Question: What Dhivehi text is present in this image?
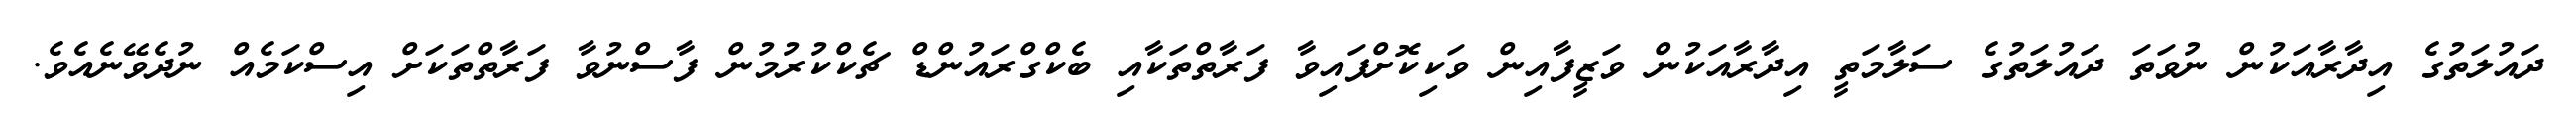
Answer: ދައުލަތުގެ އިދާރާއަކުން ނުވަތަ ދައުލަތުގެ ސަލާމަތީ އިދާރާއަކުން ވަޒީފާއިން ވަކިކޮށްފައިވާ ފަރާތްތަކާއި ބެކްގްރައުންޑް ޗެކްކުރުމުން ފާސްނުވާ ފަރާތްތަކަށް އިސްކަމެއް ނުދެވޭނެއެވެ.